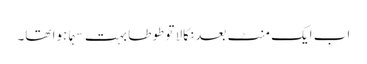
اب ایک منٹ بعد نکالا تو طوطا بہت سہما ہوا تھا۔